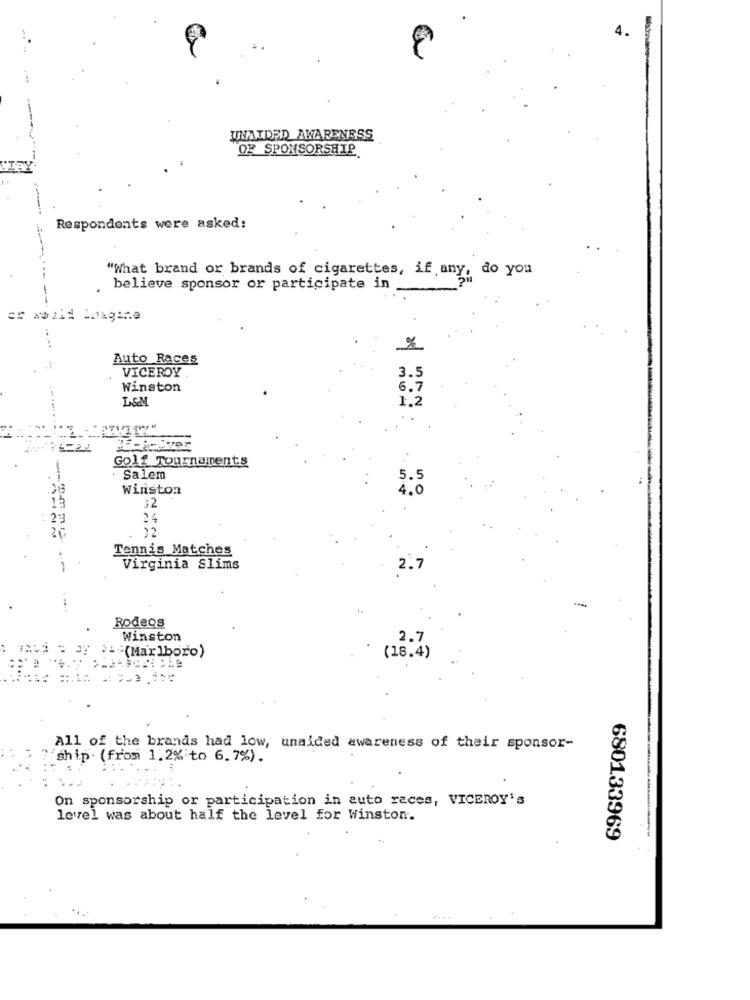
UNAIDED AWARENESS
OF SPONSORSHIP
Respondents were asked:
"What brand or brands of cigarettes, if any, do you
believe sponsor or participate in
*wild iDagine
Auto Races
VICEROY .
3.5
Winston
6.7
L&M
1.2
Golf Tournaments
· Salem
5.5
Winston
4.0
15
12
24
32
Tennis Matches
Virginia Slims
2.7
Rodeos
Winston
2.7
>+ (Marlboro)
(18.4)
All of the brands had low, unaided awareness of their sponsor-
ship. (from 1.2% to 6.7%).
On sponsorship or participation in auto races, VICEROY's
level was about half the level for Winston.
680133969